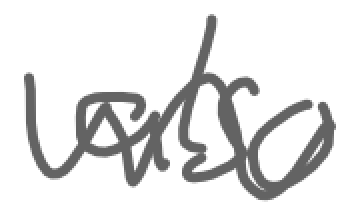
Text: also
Cross-out: wave
Writing tool: digital_gray